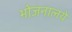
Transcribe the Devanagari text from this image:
भोजनालये